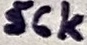
Text: 56k